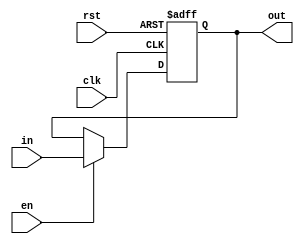
module Register16(
    in,
    out,
    clk,
    rst,
    en
);

/* Parameters */
parameter DATA_WIDTH = 16;

/* Inputs */
input wire [DATA_WIDTH - 1 : 0] in;
input wire clk, rst, en;

/* Outputs */
output reg [DATA_WIDTH - 1 : 0] out;

/* Initialize */
initial
begin
    out = 0;
end

/* Behavioral Sequential Design */
always @(posedge clk or posedge rst)
begin
    if (rst)
    begin
        out <= 0;
    end
    else if (en)
    begin
        out <= in;
    end
end

endmodule